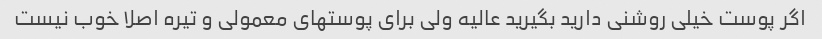
اگر پوست خیلی روشنی دارید بگیرید عالیه ولی برای پوستهای معمولی و تیره اصلا خوب نیست